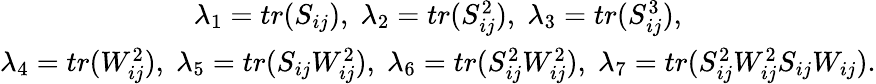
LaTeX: \begin{array}{c}{\lambda_{1}=tr(S_{ij}),\; \lambda_{2}=tr(S_{ij}^{2}),\; \lambda_{3}=tr(S_{ij}^{3}),}\\ {\lambda_{4}=tr(W_{ij}^{2}),\; \lambda_{5}=tr(S_{ij}W_{ij}^{2}),\; \lambda_{6}=tr(S_{ij}^{2}W_{ij}^{2}),\; \lambda_{7}=tr(S_{ij}^{2}W_{ij}^{2}S_{ij}W_{ij}).}\end{array}